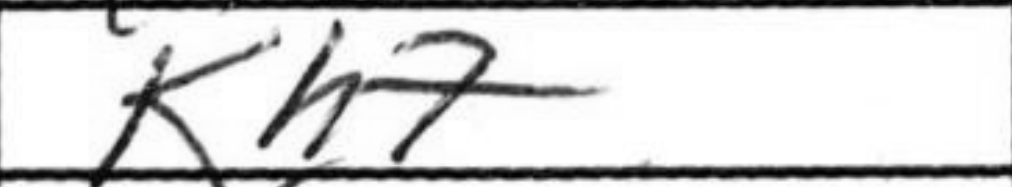
Transcription: Kh7